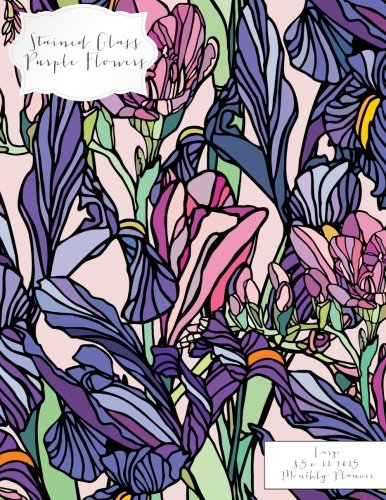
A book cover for Stained Glass Purple Flowers Large 8.5 x 11 2015 Monthly Planner (2015 Day Planners, Organizers, & Calendars) (Volume 14); Jot Spot Stationary; Calendars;